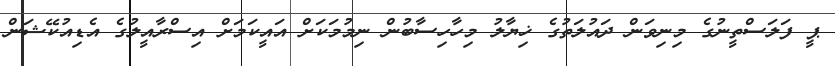
ޕީ ފަލަސްތީނުގެ މިނިވަން ދައުލަތުގެ ޚިޔާލު މިހާހިސާބުން ނިމުމަކަށް އައީކަމަށް އިސްރާއީލުގެ އެޑިއުކޭޝަން